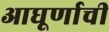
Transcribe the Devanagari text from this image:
आघूर्णाची